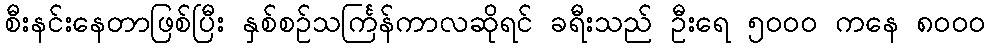
စီးနင်းနေတာဖြစ်ပြီး နှစ်စဉ်သင်္ကြန်ကာလဆိုရင် ခရီးသည် ဦးရေ ၅၀၀၀ ကနေ ၈၀၀၀